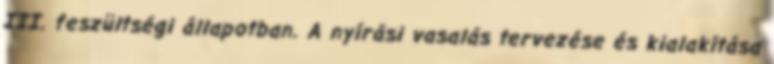
III. feszültségi állapotban. A nyírási vasalás tervezése és kialakítása